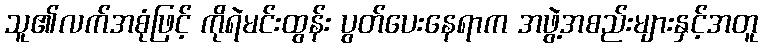
သူ၏လက်အစုံဖြင့် ကိုရဲမင်းထွန်း ပွတ်ပေးနေရာက အဖွဲ့အစည်းများနှင့်အတူ